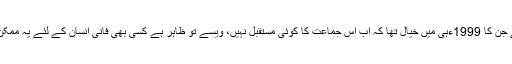
مسلم لیگ (ن) نے غیر متوقع اور اچانک فیصلہ کرکے ان لوگوں کو حیران اور ششدر کر دیا ہے جن کا 1999ءہی میں خیال تھا کہ اب اس جماعت کا کوئی مستقبل نہیں، ویسے تو ظاہر ہے کسی بھی فانی انسان کے لئے یہ ممکن نہیں کہ وہ اپنی حیات مستعار کے تمام تر ماہ وسال ایک ہی طرح کی کیفیت میں گزارتا رہے۔